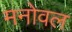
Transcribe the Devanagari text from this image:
मनोवल